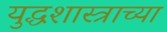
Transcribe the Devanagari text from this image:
युद्धशास्त्राच्या